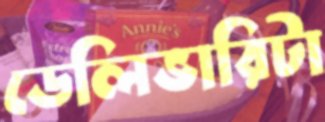
ডেলিভারিটা